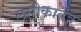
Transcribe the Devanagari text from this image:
लसीकातंत्र